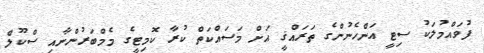
ފުވައްމުލަކު ސިޓީ އަންހެނުންގެ ތަރައްޤީ އަށް މަސައްކަތް ކުރާ ކޮމިޓީގެ މެމްބަރުންނާއި ސްކޫލް